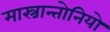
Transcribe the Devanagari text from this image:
मास्त्रान्तोनियो